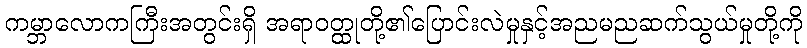
ကမ္ဘာလောကကြီးအတွင်းရှိ အရာဝတ္ထုတို့၏ပြောင်းလဲမှုနှင့်အညမညဆက်သွယ်မှုတို့ကို